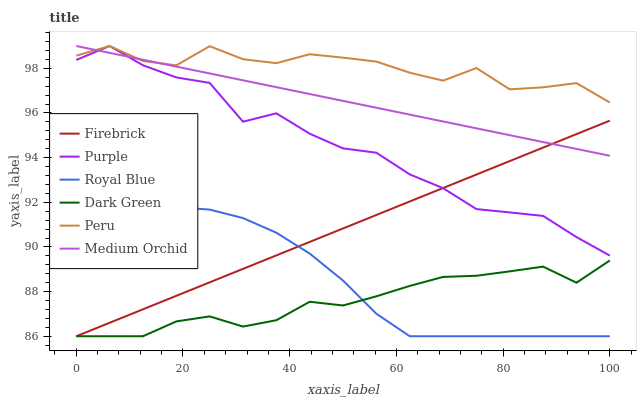
| xaxis_label | Firebrick | Purple | Royal Blue | Dark Green | Peru | Medium Orchid |
 | --- | --- | --- | --- | --- | --- | --- |
 | 0 | 86 | 98.4 | 90.4 | 86 | 98.6 | 99 |
 | 6.25 | 86.6 | 99 | 91.2 | 86 | 99 | 98.7 |
 | 12.5 | 87.2 | 98.1 | 91.6 | 86 | 98.3 | 98.4 |
 | 18.8 | 87.8 | 97.6 | 91.8 | 86.7 | 98.1 | 98.1 |
 | 25 | 88.4 | 97.3 | 91.7 | 86.9 | 99 | 97.8 |
 | 31.2 | 89 | 95.6 | 91.3 | 86.4 | 98.4 | 97.5 |
 | 37.5 | 89.6 | 96 | 90.6 | 86.7 | 98.2 | 97.2 |
 | 43.8 | 90.2 | 95.1 | 89.7 | 87.5 | 98.6 | 96.8 |
 | 50 | 90.8 | 94.4 | 88.5 | 87.4 | 98.5 | 96.5 |
 | 56.2 | 91.4 | 94.2 | 87 | 87.8 | 98.3 | 96.2 |
 | 62.5 | 92 | 93.3 | 86 | 88.3 | 97.8 | 95.9 |
 | 68.8 | 92.6 | 92.6 | 86 | 88.7 | 97.4 | 95.6 |
 | 75 | 93.2 | 91.7 | 86 | 88.7 | 98 | 95.3 |
 | 81.2 | 93.8 | 91.5 | 86 | 88.9 | 97.1 | 95 |
 | 87.5 | 94.5 | 91.4 | 86 | 89.1 | 97.1 | 94.7 |
 | 93.8 | 95.1 | 90.4 | 86 | 88.4 | 97.3 | 94.4 |
 | 100 | 95.7 | 89.6 | 86 | 89.4 | 96.5 | 94.1 |